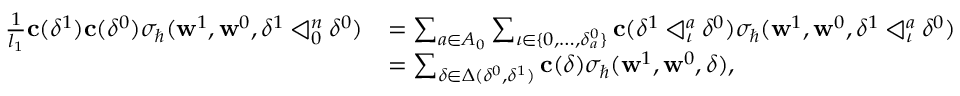
\begin{array} { r l } { \frac { 1 } { l _ { 1 } } \mathbf { c } ( \delta ^ { 1 } ) \mathbf { c } ( \delta ^ { 0 } ) \sigma _ { \hbar } ( \mathbf { w } ^ { 1 } , \mathbf { w } ^ { 0 } , \delta ^ { 1 } \triangleleft _ { 0 } ^ { n } \delta ^ { 0 } ) } & { = \sum _ { a \in A _ { 0 } } \sum _ { \iota \in \{ 0 , \ldots , \delta _ { a } ^ { 0 } \} } \mathbf { c } ( \delta ^ { 1 } \triangleleft _ { \iota } ^ { a } \delta ^ { 0 } ) \sigma _ { \hbar } ( \mathbf { w } ^ { 1 } , \mathbf { w } ^ { 0 } , \delta ^ { 1 } \triangleleft _ { \iota } ^ { a } \delta ^ { 0 } ) } \\ & { = \sum _ { \delta \in \Delta ( \delta ^ { 0 } , \delta ^ { 1 } ) } \mathbf { c } ( \delta ) \sigma _ { \hbar } ( \mathbf { w } ^ { 1 } , \mathbf { w } ^ { 0 } , \delta ) , } \end{array}